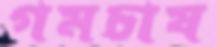
গমচাষ